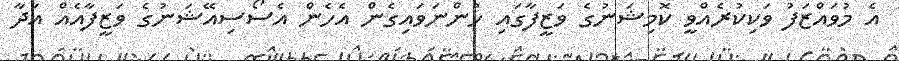
އެ މުވައްޒަފު ވަކިކުރެއްވީ ކޮމިޝަނުގެ ވަޒީފާގައި ހުންނަވައިގެން އެހެން އެސޯސިއޭޝަނުގެ ވަޒީފާއެއް އަދާ